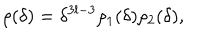
LaTeX: \rho ( \delta ) = \delta ^ { 3 l - 3 } \rho _ { 1 } ( \delta ) \rho _ { 2 } ( \delta ) ,